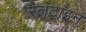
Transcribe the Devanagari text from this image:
रैलटाइन